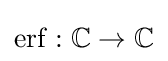
\mathrm {erf} :\mathbb {C} \to \mathbb {C}